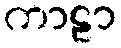
ကာဠာ